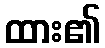
ထား၏